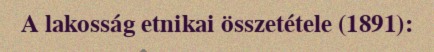
A lakosság etnikai összetétele (1891):